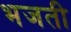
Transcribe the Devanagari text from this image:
भजती